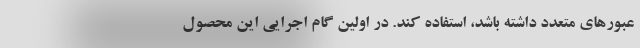
عبورهای متعدد داشته باشد،‌ استفاده کند. در اولین گام اجرایی این محصول